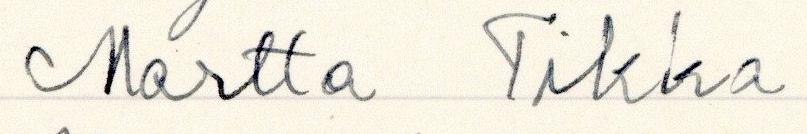
Martta Tikka